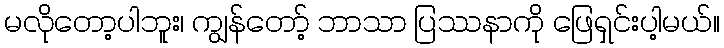
မလိုတော့ပါဘူး၊ ကျွန်တော့် ဘာသာ ပြဿနာကို ဖြေရှင်းပါ့မယ်။